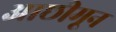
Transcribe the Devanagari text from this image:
आछीमून